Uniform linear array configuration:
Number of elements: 8
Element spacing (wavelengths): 0.75
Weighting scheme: binomial
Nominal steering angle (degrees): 15
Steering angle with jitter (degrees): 15.203
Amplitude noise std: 0.05
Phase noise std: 0.05

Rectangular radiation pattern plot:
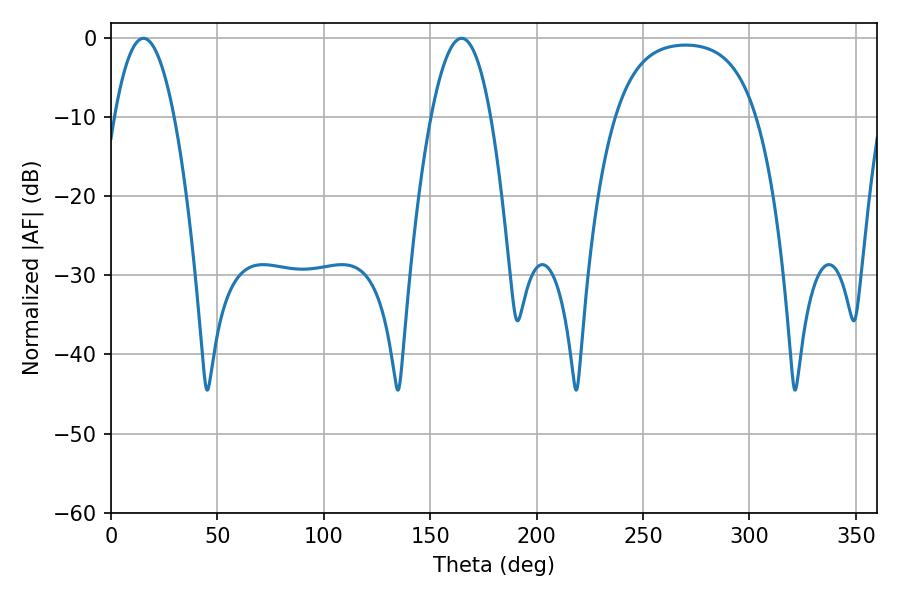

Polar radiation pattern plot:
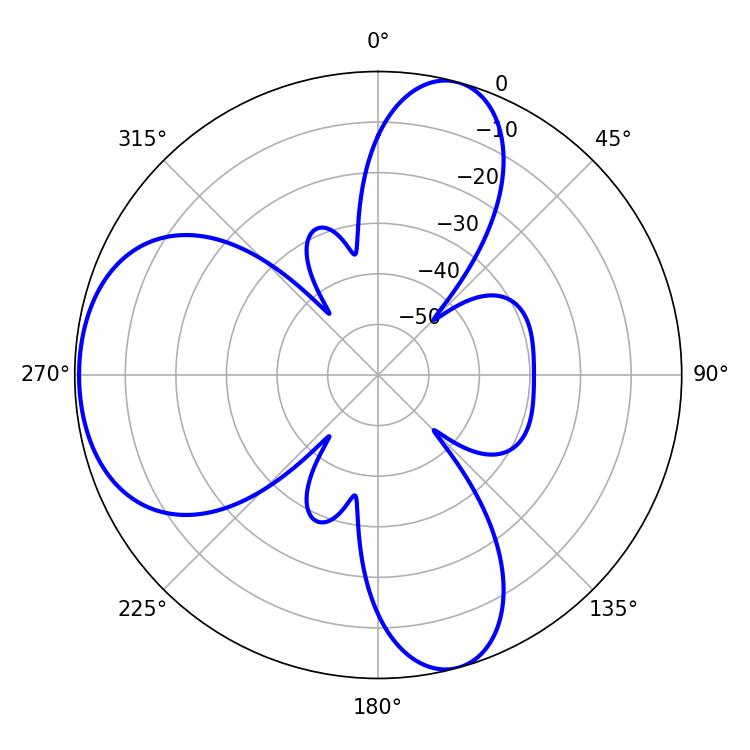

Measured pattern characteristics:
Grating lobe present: TRUE
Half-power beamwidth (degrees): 15.3
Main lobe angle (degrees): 164.7